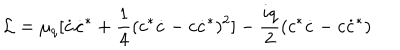
{ \cal L } = \mu _ { q } [ \dot { c } \dot { c } ^ { * } + \frac { 1 } { 4 } ( c ^ { * } \dot { c } - c \dot { c } ^ { * } ) ^ { 2 } ] - \frac { i q } { 2 } ( c ^ { * } \dot { c } - c \dot { c } ^ { * } )